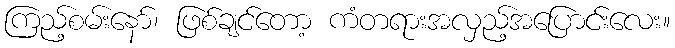
ကြည့်စမ်းနော်၊ ဖြစ်ချင်တော့ ကံတရားအလှည့်အပြောင်းလေး။